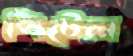
পিটেল